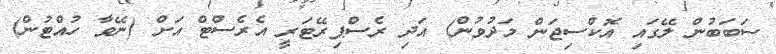
ސަބަބުން ލޭގައި އޮކްސިޖަން މަދުވުން) އަދި ރެސްޕިރޭޓަރީ އެރެސްޓް އަށް (ނޭވާ ހުއްޓުން)